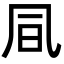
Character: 凬